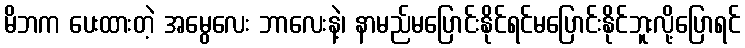
မိဘက ပေးထားတဲ့ အမွေလေး ဘာလေးနဲ့၊ နာမည်မပြောင်းနိုင်ရင်မပြောင်းနိုင်ဘူးလို့ပြောရင်